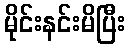
မိုင်းနင်းမိပြီး